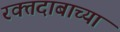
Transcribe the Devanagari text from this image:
रक्तदाबाच्या